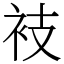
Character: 衼